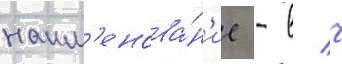
наим'енова́н'ие - в/ ч